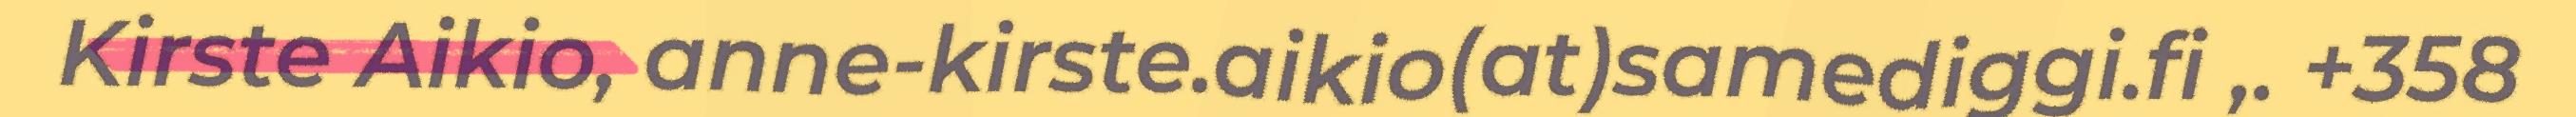
Kirste Aikio, anne-kirste.aikio(at)samediggi.fi ,. +358